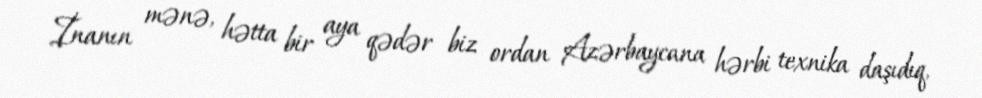
İnanın mənə, hətta bir aya qədər biz ordan Azərbaycana hərbi texnika daşıdıq,